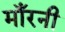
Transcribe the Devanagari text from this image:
माँरनी